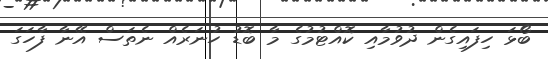
ބޯޅަ ހިފައިގެން ދުވުމާއި ކޮއްޓުމުގެ މާ ބޮޑު ހުނަރެއް ނެތަސް އޭނާ ފާހަގަ